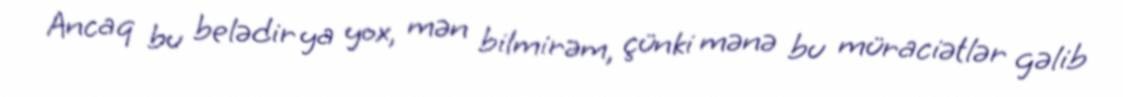
Ancaq bu belədir ya yox, mən bilmirəm, çünki mənə bu müraciətlər gəlib